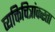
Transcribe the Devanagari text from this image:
व्यक्तिचित्रांकरता